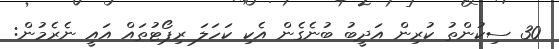
30 ސިކުންތު ކުރިން އަދީބު ބުނެގެން އެކި ކަހަލަ ރިޕޯޓުތައް އައީ ނެރެމުން: